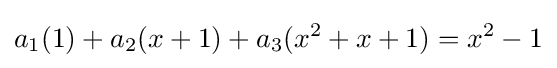
a_{1}(1)+a_{2}(x+1)+a_{3}(x^{2}+x+1)=x^{2}-1